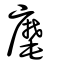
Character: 𪎮